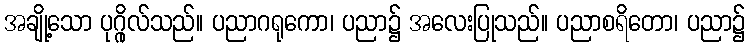
အချို့သော ပုဂ္ဂိုလ်သည်။ ပညာဂရုကော၊ ပညာ၌ အလေးပြုသည်။ ပညာစရိတော၊ ပညာ၌